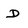
Character: D